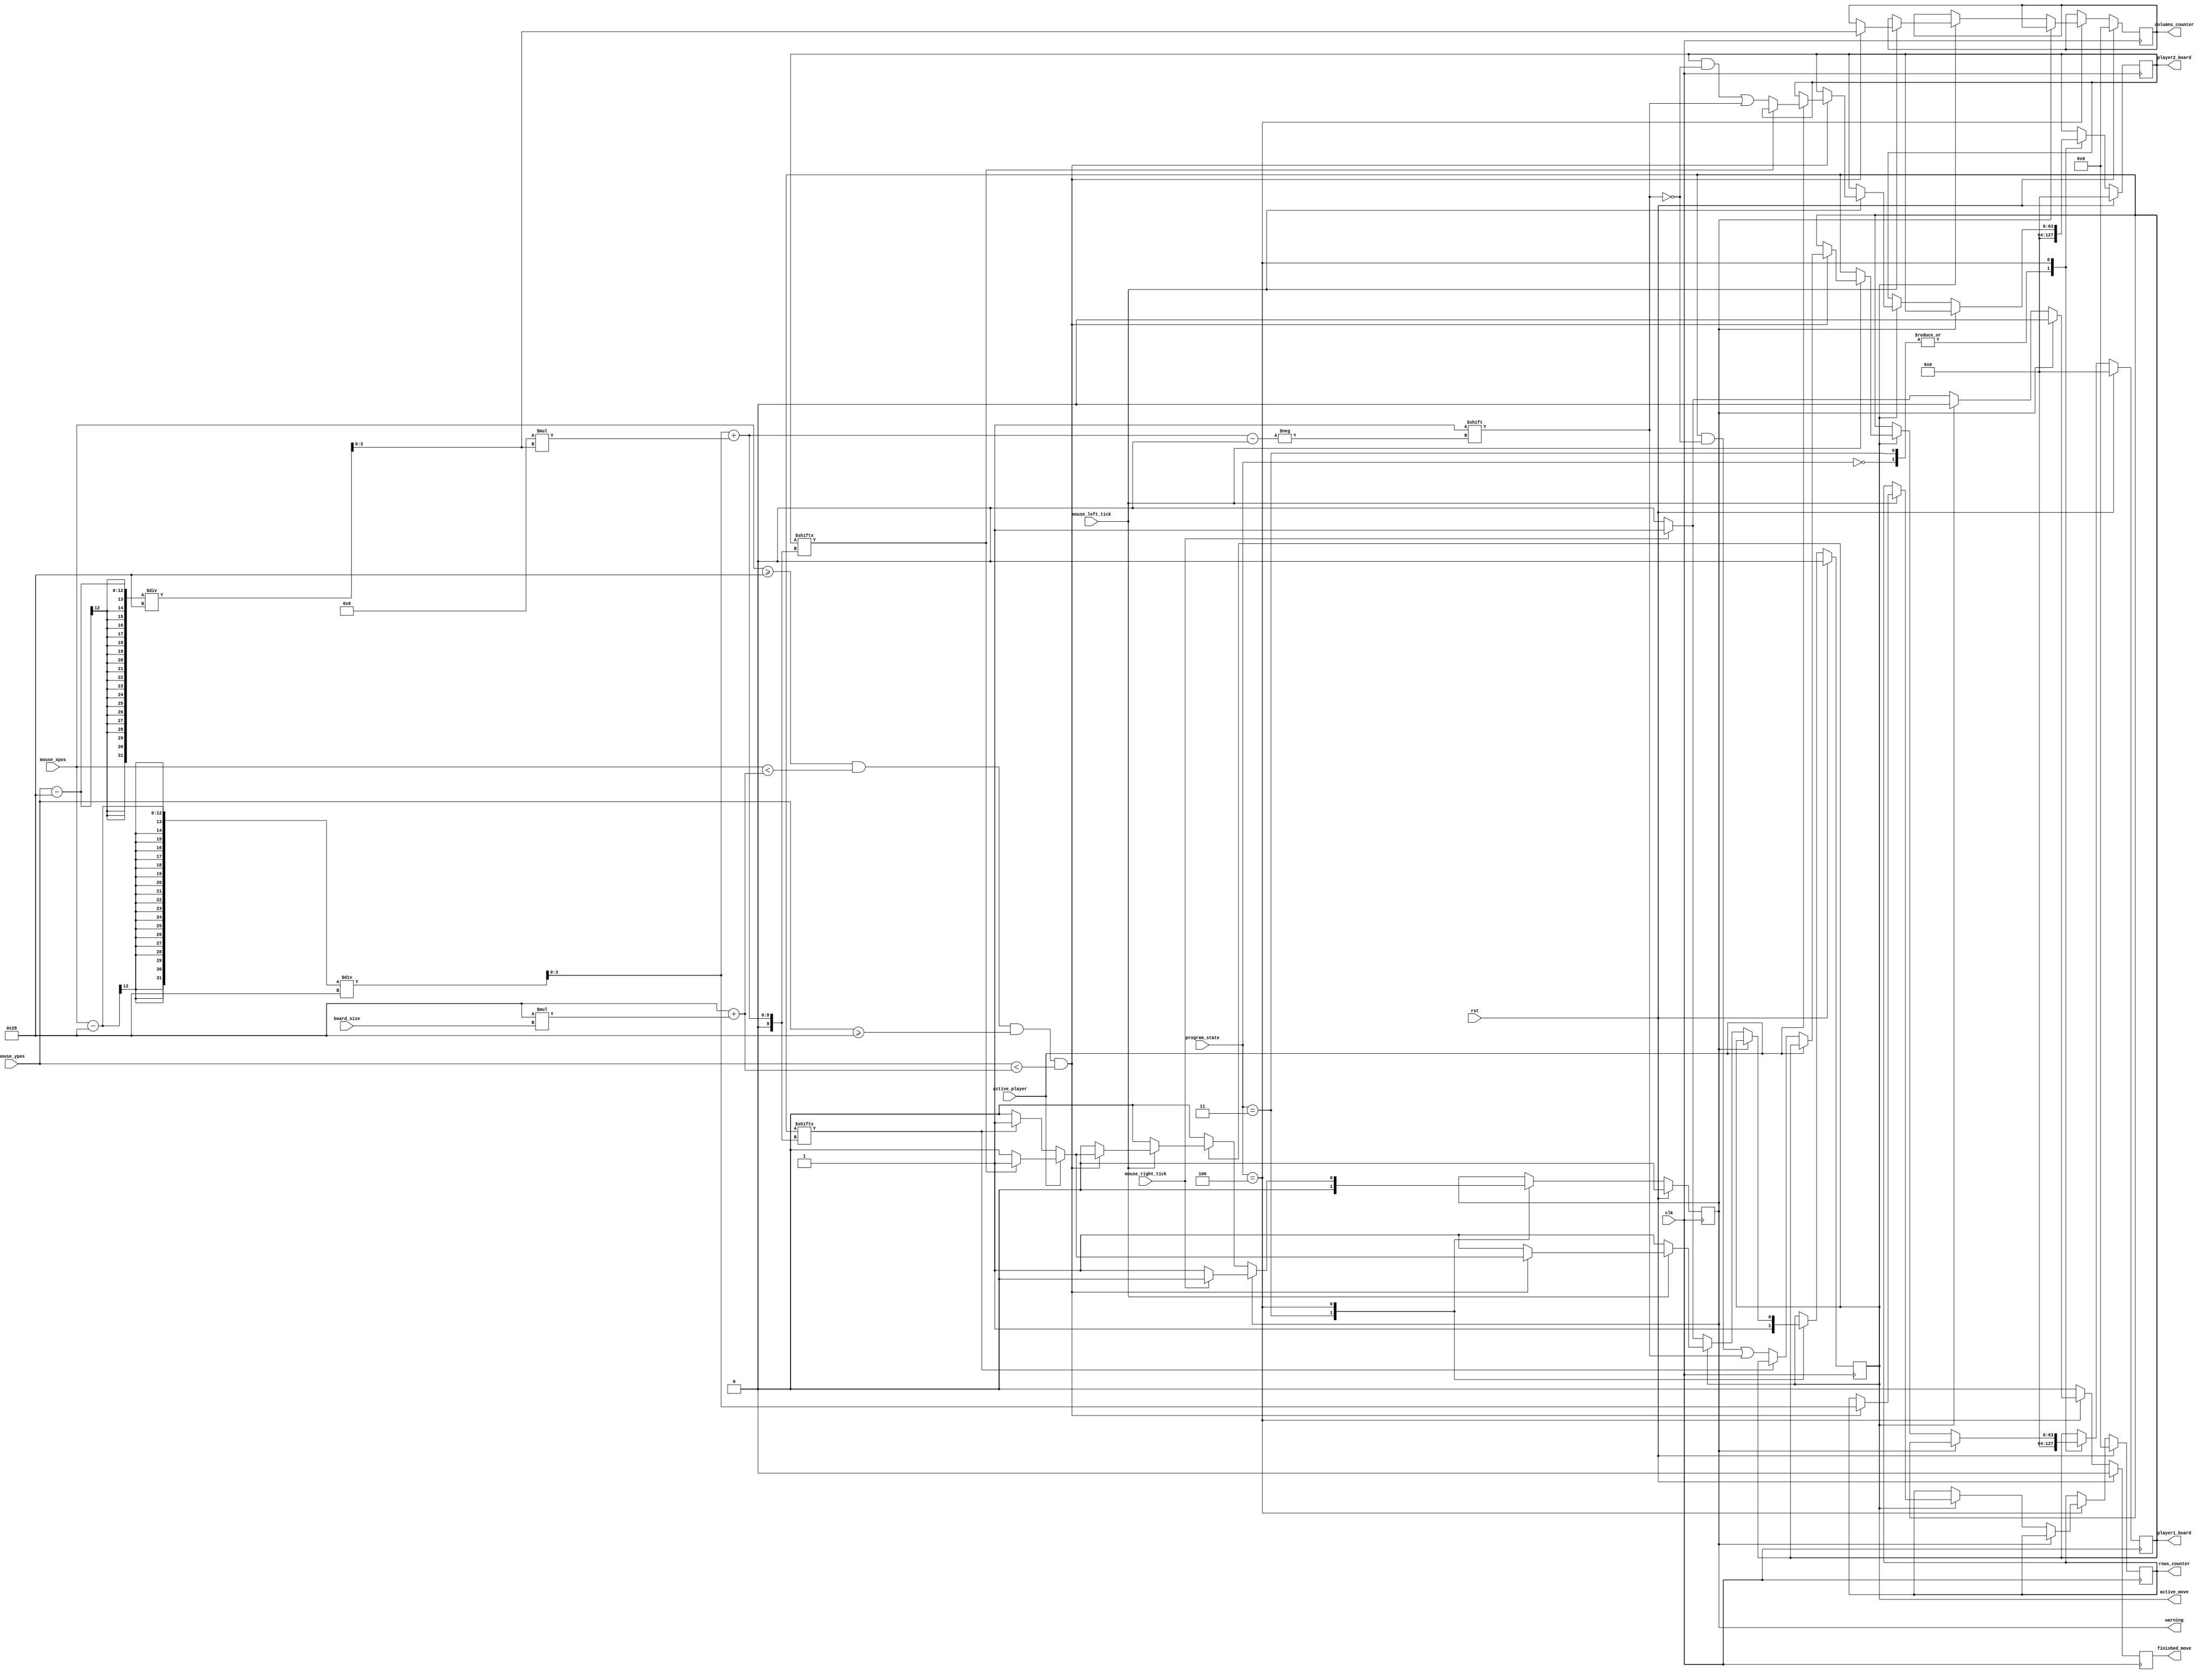
`timescale 1ns / 1ps

//////////////////////////////////////////////////////////////////////////////////
// Module Name: find_ships
// Project Name: Statki
// Description: Modu odpowiada za odnajdywanie statkw na planszy
//////////////////////////////////////////////////////////////////////////////////


module find_ships(
    input wire clk,
    input wire rst,
    input wire [11:0] mouse_xpos,
    input wire [11:0] mouse_ypos,
    input wire mouse_left_tick,
    input wire mouse_right_tick,
    input wire [3:0] board_size,
    input wire [3:0] program_state,
    input wire active_player, 
    output reg warning,
    output reg [63:0] player1_board, 
    output reg [63:0] player2_board,
    output reg [3:0] rows_counter,
    output reg [3:0] columns_counter,
    output reg finished_move,
    output reg active_move
    );
    
    // program states
    localparam IDLE = 4'b0000;
    localparam CHOSING_BOARD_SIZE = 4'b0001;
    localparam CHOSING_PLAYERS = 4'b0010;
    localparam PLACING_SHIPS = 4'b0011;
    localparam FINDING_SHIPS = 4'b0100;
    localparam SCREEN_BLANKING = 4'b0101;
    localparam GAME_ENDING = 4'b0110;
   
    // rozmiary wszelakiej wielkoci statkw 
    localparam BOARD_XPOS = 40;
    localparam BOARD_YPOS = 40;
    localparam SQUARE_SIZE = 40;
    
    
    reg [63:0] player1_board_nxt, player2_board_nxt;   
    reg [3:0] rows_counter_nxt, columns_counter_nxt; 
    reg warning_nxt, active_move_nxt, active_player_nxt, finished_move_nxt;
        
    always @(posedge clk)
    begin
        if(rst)
        begin
            warning <= 0;
            player1_board <= 0;
            player2_board <= 0;
            active_move <= 0;
            finished_move <= 0;
            rows_counter <= 0;
            columns_counter <= 0;
        end
        else
        begin
            warning <= warning_nxt;
            player1_board <= player1_board_nxt;
            player2_board <= player2_board_nxt;
            active_move <= active_move_nxt;
            finished_move <= finished_move_nxt;
            rows_counter <= rows_counter_nxt;
            columns_counter <= columns_counter_nxt;
        end
    end  
    
    always @*
    begin
        warning_nxt = warning;
        active_player_nxt = active_player;
        player1_board_nxt = player1_board;
        player2_board_nxt = player2_board;
        active_move_nxt = active_move;        
        finished_move_nxt = 0;
        rows_counter_nxt = rows_counter;
        columns_counter_nxt = columns_counter;
        case(program_state)
            IDLE:
            begin
                player1_board_nxt = 0;
                player2_board_nxt = 0;
            end
            PLACING_SHIPS:
            begin
                warning_nxt = 0;
                player1_board_nxt = 0;
                player2_board_nxt = 0;
                active_move_nxt = 1;
            end            
            FINDING_SHIPS:
            begin     
                if(warning)
                begin
                    if(mouse_right_tick) // trzeba nacisn prawy przycisk eby wyj ze stanu bdu
                        warning_nxt = 0;
                    else
                        warning_nxt = 1;
                end
                else
                begin
                    if(active_move)
                    begin
                        if(mouse_left_tick) // jeli nacisnelimy lewy przycisk myszy to sprawdzamy pozycj myszki
                        begin
                            if((mouse_xpos >= BOARD_XPOS) && (mouse_xpos < BOARD_XPOS+SQUARE_SIZE*board_size) && (mouse_ypos >= BOARD_YPOS) && (mouse_ypos < BOARD_YPOS+SQUARE_SIZE*board_size))
                            begin // jeli to byo na planszy to sprawdzamy czy statek moe zosta pooony na zaznaczonych polach
                                rows_counter_nxt = (mouse_xpos-BOARD_XPOS)/SQUARE_SIZE;
                                columns_counter_nxt = (mouse_ypos-BOARD_YPOS)/SQUARE_SIZE;
                                if(active_player)
                                begin
                                    if(player2_board[rows_counter_nxt+8*columns_counter_nxt] == 0)
                                    begin
                                        player2_board_nxt[rows_counter_nxt+8*columns_counter_nxt] = 1;
                                        active_move_nxt = 0;
                                    end
                                    else
                                        warning_nxt = 1;
                                end
                                else
                                begin
                                    if(player1_board[rows_counter_nxt+8*columns_counter_nxt] == 0)
                                    begin
                                        player1_board_nxt[rows_counter_nxt+8*columns_counter_nxt] = 1;
                                        active_move_nxt = 0;
                                    end
                                    else
                                        warning_nxt = 1;
                                end
                            end 
                        end
                    end
                    else
                    begin
                        if(mouse_right_tick)
                        begin
                            finished_move_nxt = 1;
                            active_move_nxt = 1;
                        end
                    end                              
                end
            end
            default:
            begin
                ///
            end      
        endcase
    end
      
endmodule